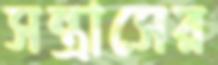
সন্ত্রাসের